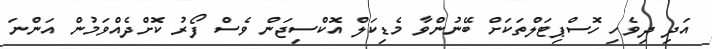
އަދި ދިވެހި ހޮސްޕިޓަލްތަކަށް ބޭނުންވާ މެޑިކަލް އޮކްސިޖަން ވެސް ފޯރު ކޮށްދެއްވަމުން އަންނަ